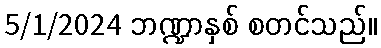
5/1/2024 ဘဏ္ဍာနှစ် စတင်သည်။